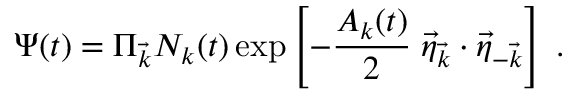
\Psi ( t ) = \Pi _ { \vec { k } } { \cal { N } } _ { k } ( t ) \exp \left[ - \frac { A _ { k } ( t ) } { 2 } \; \vec { \eta } _ { \vec { k } } \cdot \vec { \eta } _ { - \vec { k } } \right] \; .